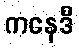
ကနေဒီ